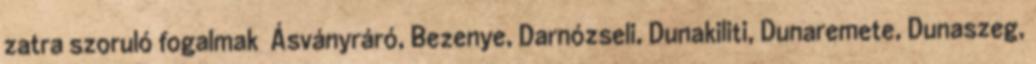
zatra szoruló fogalmak ▪Ásványráró, Bezenye, Darnózseli, Dunakiliti, Dunaremete, Dunaszeg,